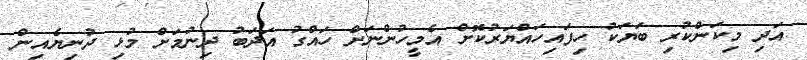
އަދި މިކަންކުރި ބަޔަކު ހިފައިހައްޔަރުކޮށް އެމީހުންނަށް ހައްގު އަދަބު ދިނުމަށް މުޅި ދުނިޔެއިން